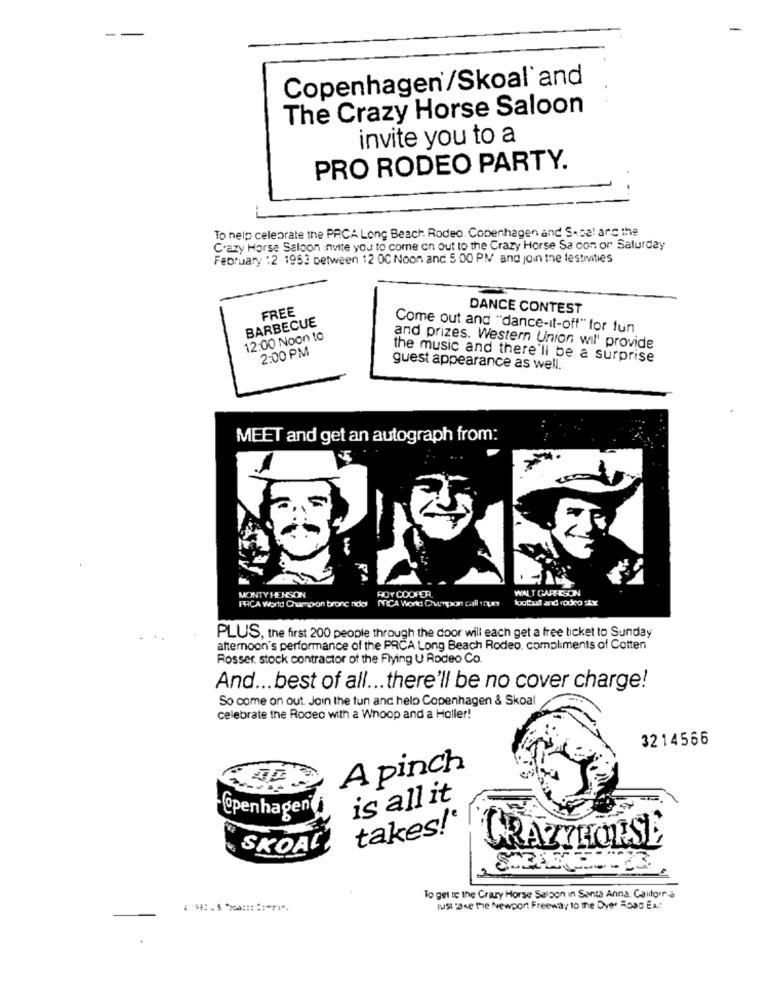
--
Copenhagen/Skoal'and
The Crazy Horse Saloon
invite you to a
PRO RODEO PARTY.
To help celebrate the PRCA Long Beach Rodeo. Copenhagen and S.sa! arc the
Crazy Horse Saloon invite you to come on out to the Crazy Horse Sa con or Saturday
February :2 1953 between 12 0C Noon and 5 00 PM and join the festivities
FREE
DANCE CONTEST
BARBECUE
Come out and "dance-it-off" for fun
12:00 Noon to
2:00 PM
and prizes. Western Union wil' provide
the music and there'll be a surprise
guest appearance as well.
MEET and get an autograph from:
ROY COOPER
WAT GARRISON
MONTY HENSON
PACA World Champion bronc nder MICA World Cupor call oues football and rodeo ix
PLUS, the first 200 people through the door will each get a free ticket to Sunday
afternoon's performance of the PRCA Long Beach Rodeo. compliments of Cotten
Rosser. stock contractor of the Flying U Rodeo Co.
And ... best of all ... there'll be no cover charge!
So come on out. Join the fun and help Copenhagen & Skoal
celebrate the Rodeo with a Whoop and a Holler!
3214566
A pinch
is all it
- Copenhagen
takes!'
SKOALI
CRAZYH
To get te the Crazy Horse Saloon in Santa Anna. Caltorna
Just Take the Newport Freeway 10 the Dyer Road Ex .: